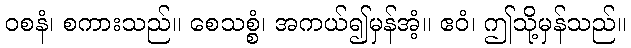
ဝစနံ၊ စကားသည်။ စေသစ္စံ၊ အကယ်၍မှန်အံ့။ ဧဝံ၊ ဤသို့မှန်သည်။